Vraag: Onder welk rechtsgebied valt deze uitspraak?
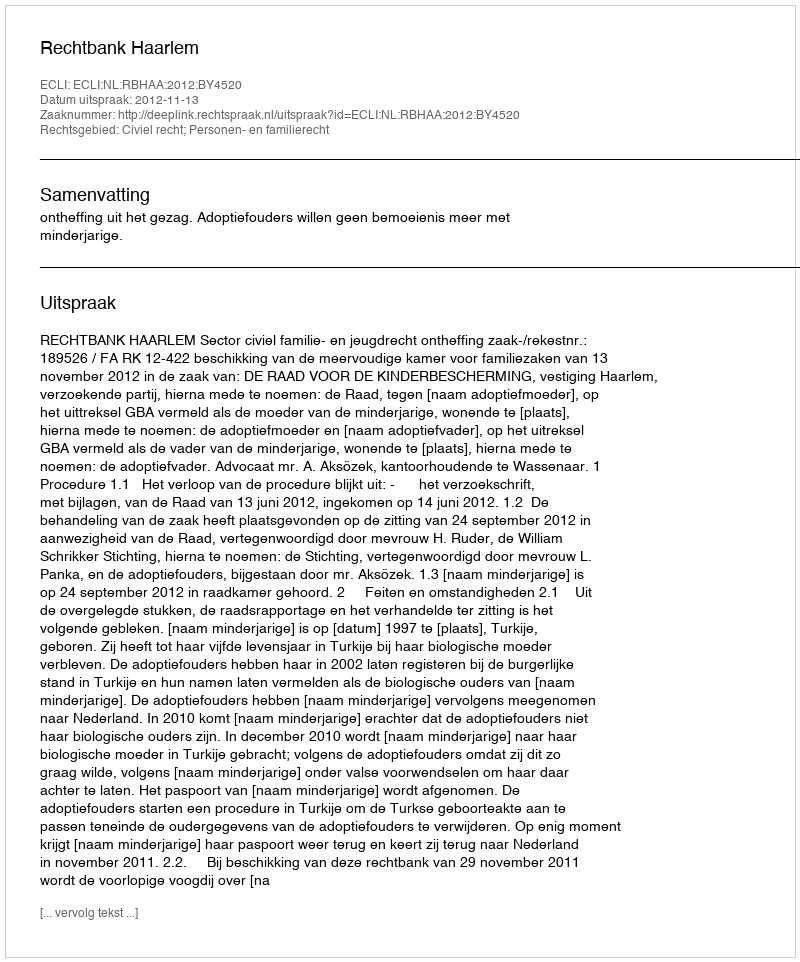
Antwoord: Civiel recht; Personen- en familierecht